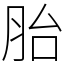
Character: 胎